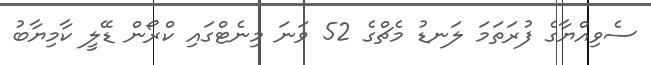
ސެވިއްޔާގެ ފުރަތަމަ ލަނޑު މެޗްގެ 52 ވަނަ މިނެޓްގައި ކްރޯން ޑޭލީ ކާމިޔާބު